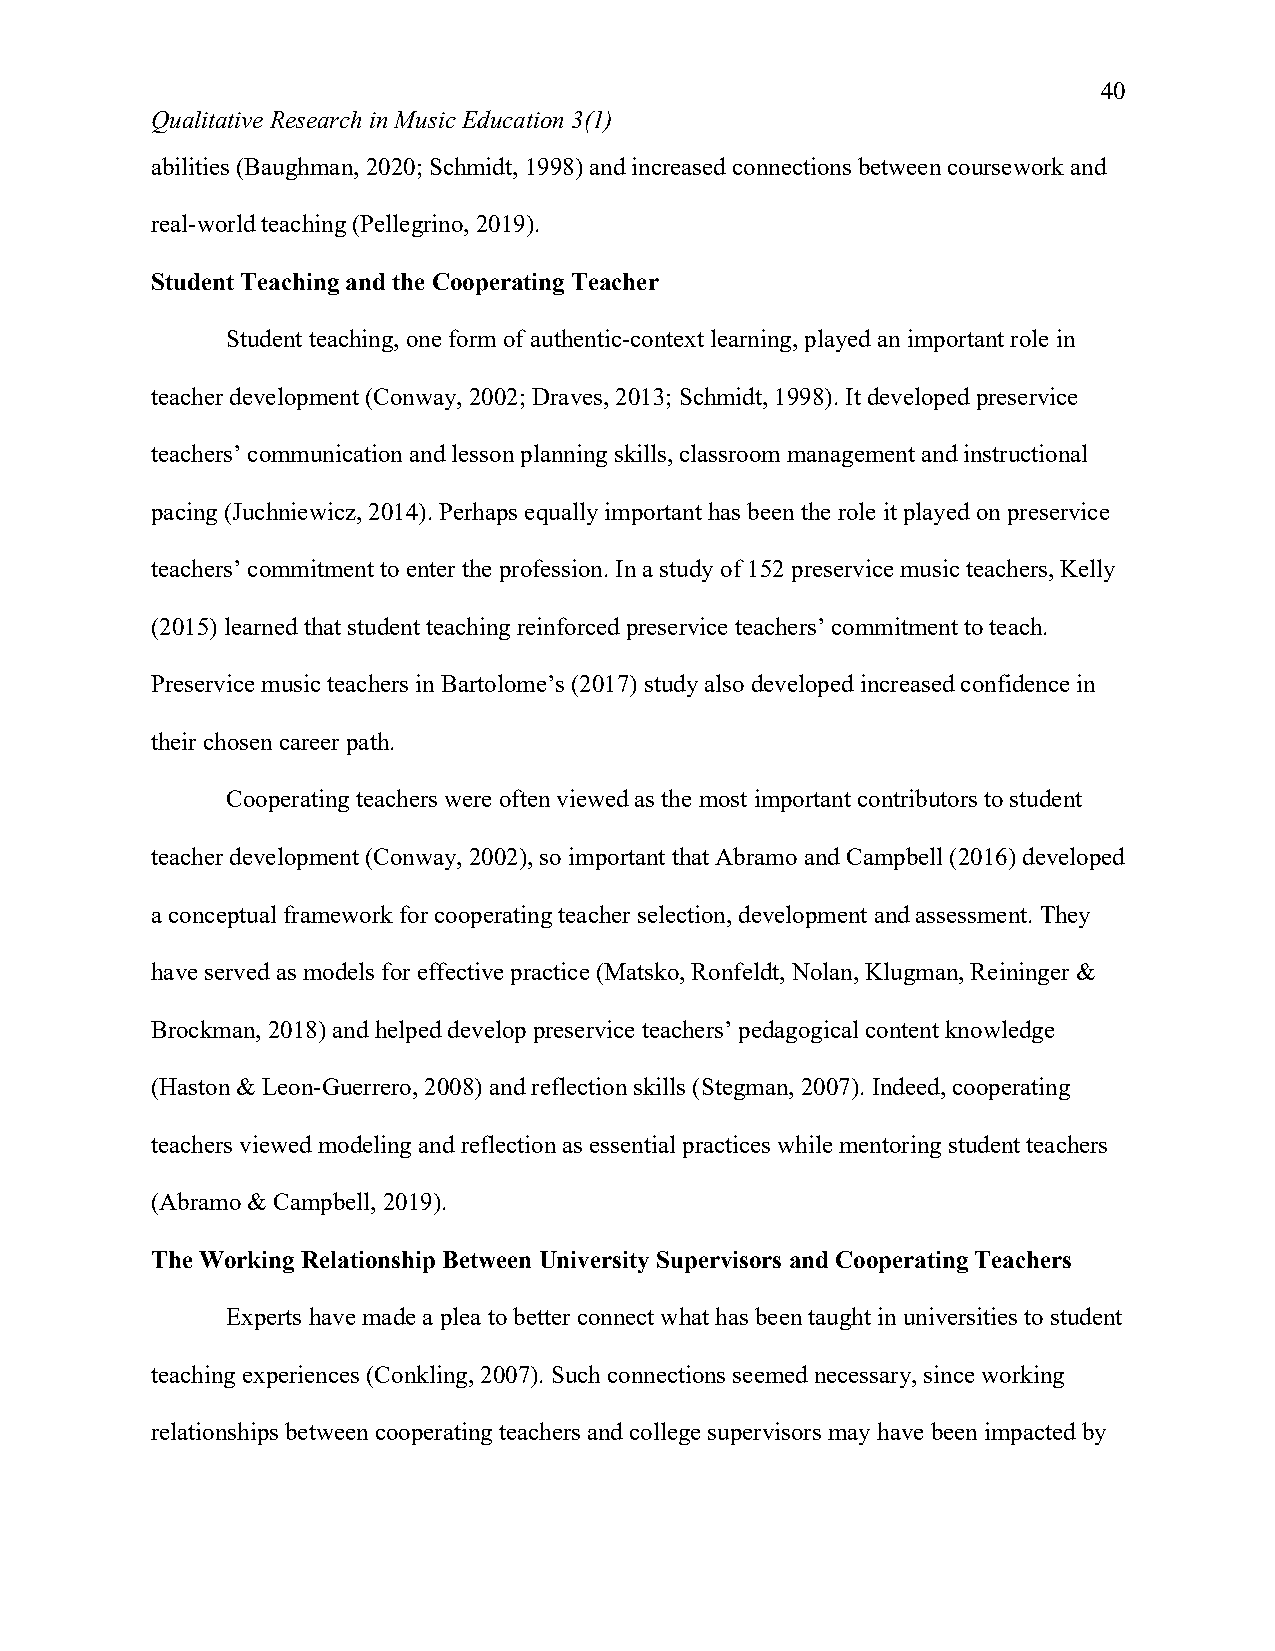
40
 Qualitative Research in Music Education 3(1)
 abilities (Baughman, 2020; Schmidt, 1998) and increased connections between coursework and
 real-world teaching (Pellegrino, 2019).
 Student Teaching and the Cooperating Teacher
 Student teaching, one form of authentic-context learning, played an important role in
 teacher development (Conway, 2002; Draves, 2013; Schmidt, 1998). It developed preservice
 teachers’ communication and lesson planning skills, classroom management and instructional
 pacing (Juchniewicz, 2014). Perhaps equally important has been the role it played on preservice
 teachers’ commitment to enter the profession. In a study of 152 preservice music teachers, Kelly
 (2015) learned that student teaching reinforced preservice teachers’ commitment to teach.
 Preservice music teachers in Bartolome’s (2017) study also developed increased confidence in
 their chosen career path.
 Cooperating teachers were often viewed as the most important contributors to student
 teacher development (Conway, 2002), so important that Abramo and Campbell (2016) developed
 a conceptual framework for cooperating teacher selection, development and assessment. They
 have served as models for effective practice (Matsko, Ronfeldt, Nolan, Klugman, Reininger &
 Brockman, 2018) and helped develop preservice teachers’ pedagogical content knowledge
 (Haston & Leon-Guerrero, 2008) and reflection skills (Stegman, 2007). Indeed, cooperating
 teachers viewed modeling and reflection as essential practices while mentoring student teachers
 (Abramo & Campbell, 2019).
 The Working Relationship Between University Supervisors and Cooperating Teachers
 Experts have made a plea to better connect what has been taught in universities to student
 teaching experiences (Conkling, 2007). Such connections seemed necessary, since working
 relationships between cooperating teachers and college supervisors may have been impacted by